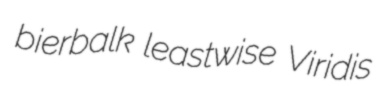
bierbalk leastwise Viridis